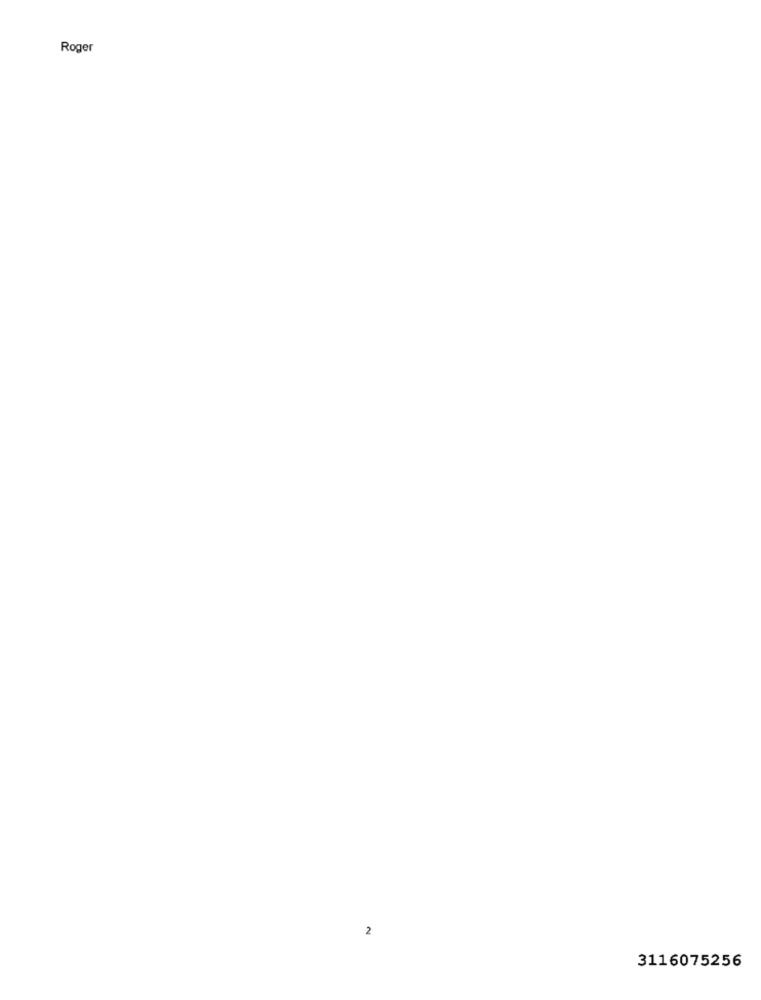
Roger
2
3116075256